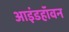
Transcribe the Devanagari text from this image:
आइंडहॉवन